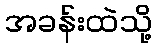
အခန်းထဲသို့